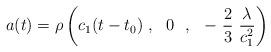
LaTeX: \begin{align*}a(t)=\rho \left(c_1(t-t_0)\ , \ \ 0\ \ , \ \ -\ \frac{2}{3}\ \frac{\lambda}{c_1^2}\right)\end{align*}